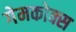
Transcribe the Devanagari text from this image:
गेमकोक्स